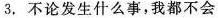
3.不论发生什么事,我都不会